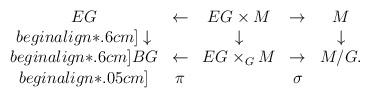
LaTeX: \begin{align*}\begin{array}{ccccc} EG & \leftarrow & EG\times M & \rightarrow & M \\begin{align*}.6cm] \downarrow & & \downarrow & &\downarrow \\begin{align*}.6cm] BG & \leftarrow & EG \times_{G} M & \rightarrow & M/G. \\begin{align*}.05cm] & \pi & & \sigma &\end{array}\end{align*}